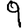
Digit: 9